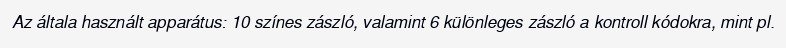
Az általa használt apparátus: 10 színes zászló, valamint 6 különleges zászló a kontroll kódokra, mint pl.